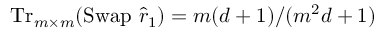
\operatorname { T r } _ { m \times m } ( \operatorname { S w a p } \, \hat { r } _ { 1 } ) = m ( d + 1 ) / ( m ^ { 2 } d + 1 )